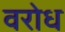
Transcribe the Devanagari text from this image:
वरोध